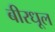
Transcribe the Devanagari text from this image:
बीरधूल